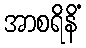
အာစရိနိံ